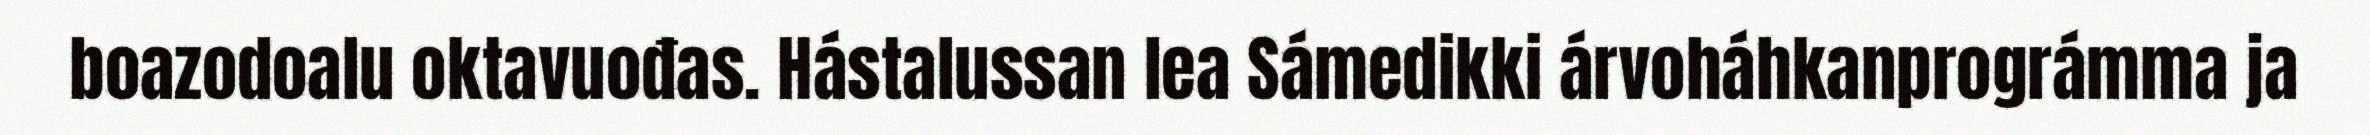
boazodoalu oktavuođas. Hástalussan lea Sámedikki árvoháhkanprográmma ja